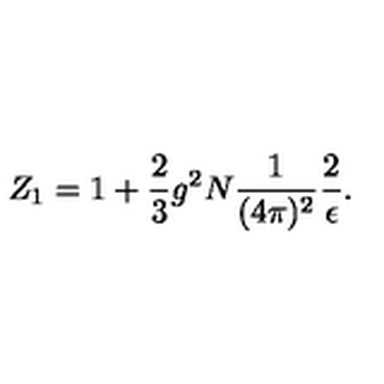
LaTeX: Z _ { 1 } = 1 + \frac { 2 } { 3 } g ^ { 2 } N \frac { 1 } { ( 4 \pi ) ^ { 2 } } \frac { 2 } { \epsilon } .